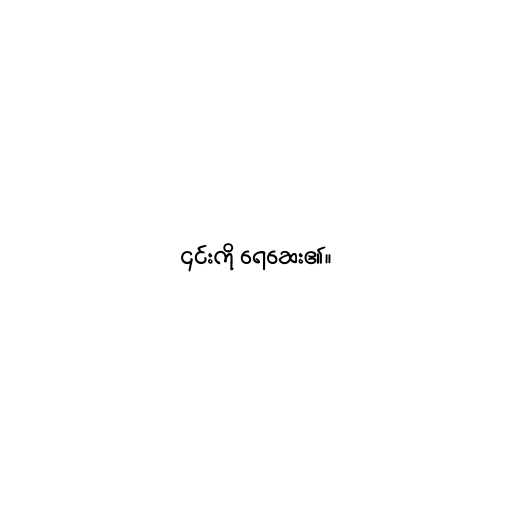
၎င်းကို ရေဆေး၏။